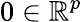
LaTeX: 0\in\mathbb{R}^{p}